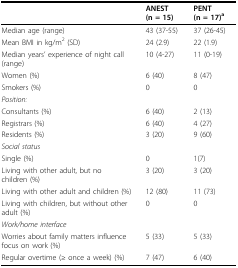
<table><thead><tr><td></td><td><b>ANEST(n = 15)</b></td><td><b>PENT(n = 17)<sup>a</sup></b></td></tr></thead><tbody><tr><td>Median age (range)</td><td>43 (37-55)</td><td>37 (26-45)</td></tr><tr><td>Mean BMI in kg/m<sup>2 </sup>(SD)</td><td>24 (2.9)</td><td>22 (1.9)</td></tr><tr><td>Median years&#x27; experience of night call(range)</td><td>10 (4-27)</td><td>11 (0-19)</td></tr><tr><td>Women (%)</td><td>6 (40)</td><td>8 (47)</td></tr><tr><td>Smokers (%)</td><td>0</td><td>0</td></tr><tr><td><i>Position:</i></td><td></td><td></td></tr><tr><td>Consultants (%)</td><td>6 (40)</td><td>2 (13)</td></tr><tr><td>Registrars (%)</td><td>6 (40)</td><td>4 (27)</td></tr><tr><td>Residents (%)</td><td>3 (20)</td><td>9 (60)</td></tr><tr><td><i>Social status </i></td><td></td><td></td></tr><tr><td>Single (%)</td><td>0</td><td>1(7)</td></tr><tr><td>Living with other adult, but no children (%)</td><td>3 (20)</td><td>3 (20)</td></tr><tr><td>Living with other adult and children (%)</td><td>12 (80)</td><td>11 (73)</td></tr><tr><td>Living with children, but without other adult (%)</td><td>0</td><td>0</td></tr><tr><td><i>Work/home interface</i></td><td></td><td></td></tr><tr><td>Worries about family matters influence focus on work (%)</td><td>5 (33)</td><td>5 (33)</td></tr><tr><td>Regular overtime (≥ once a week) (%)</td><td>7 (47)</td><td>6 (40)</td></tr></tbody></table>